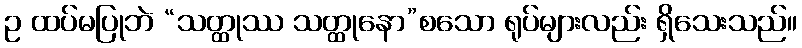
ဥ ထပ်မပြုဘဲ “သတ္ထုဿ သတ္ထုနော”စသော ရုပ်များလည်း ရှိသေးသည်။